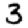
Digit: 3